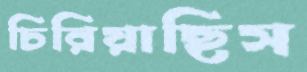
চিরিয়াছিস